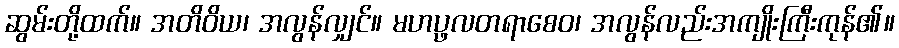
ဆွမ်းတို့ထက်။ အတိဝိယ၊ အလွန်လျှင်။ မဟပ္ဖလတရာစေဝ၊ အလွန်လည်းအကျိုးကြီးကုန်၏။